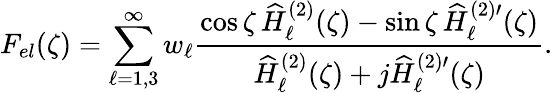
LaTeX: F_{el}(\zeta)=\sum_{\ell=1,3}^{\infty}w_{\ell}\frac{\cos\zeta\, \widehat{H}_{\ell}^{(2)}(\zeta)-\sin\zeta\, \widehat{H}_{\ell}^{(2)\prime}(\zeta)}{\widehat{H}_{\ell}^{(2)}(\zeta)+j\widehat{H}_{\ell}^{(2)\prime}(\zeta)}.